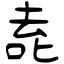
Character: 唟